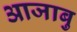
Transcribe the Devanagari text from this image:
आजाबु